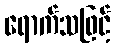
ရောက်သဖြင့်